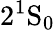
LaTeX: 2^{1}\mathrm{S}_{0}